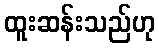
ထူးဆန်းသည်ဟု